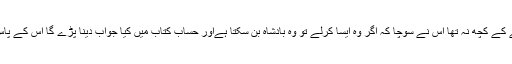
اس کے پاس سوائے ایک گدھے کے کچھ نہ تھا اس نے سوچا کہ اگر وہ ایسا کرلے تو وہ بادشاہ بن سکتا ہےاور حساب کتاب میں کیا جواب دینا پڑے گا اس کے پاس تھا ہی کیا ایک گدھا اور بس!